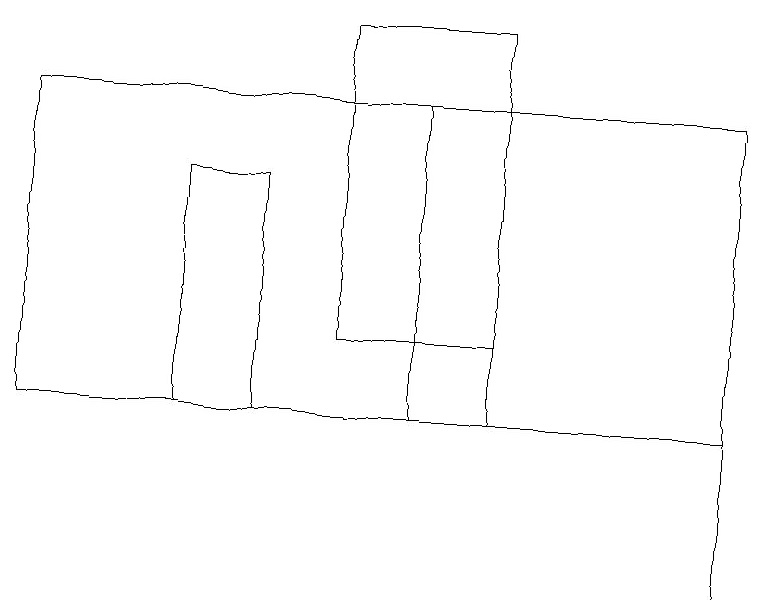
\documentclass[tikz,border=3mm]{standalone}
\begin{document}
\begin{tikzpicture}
\draw (0,16) rectangle (9,12);
\draw (4,17) rectangle (6,13);
\draw (5,12) rectangle (6,16);
\draw (3,15) rectangle (2,12);
\draw (9,10) rectangle (9,13);
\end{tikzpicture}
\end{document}